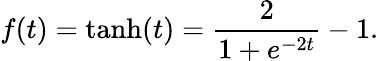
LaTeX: f\! \left(t\right)=\operatorname{tanh}(t)=\frac{2}{1+e^{-2t}}-1.